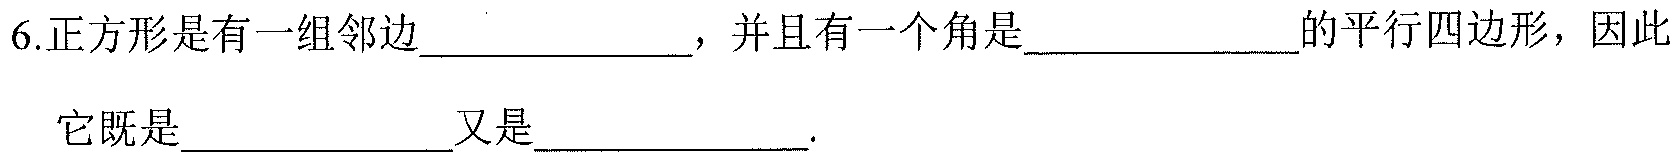
6.正方形是有一组邻边___________，并且有一个角是___________的平行四边形，因此它既是___________又是___________.